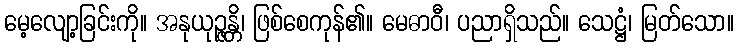
မေ့လျော့ခြင်းကို။ အနုယုဉ္ဇန္တိ၊ ဖြစ်စေကုန်၏။ မေဓာဝီ၊ ပညာရှိသည်။ သေဋ္ဌံ၊ မြတ်သော။